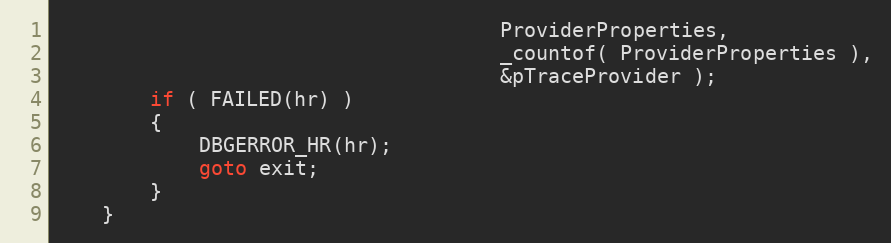
Language: C++
                                     ProviderProperties,
                                     _countof( ProviderProperties ),
                                     &pTraceProvider );
        if ( FAILED(hr) )
        {
            DBGERROR_HR(hr);
            goto exit;
        }
    }